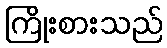
ကြိုးစားသည်